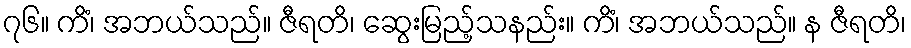
၇၆။ ကိံ၊ အဘယ်သည်။ ဇီရတိ၊ ဆွေးမြည့်သနည်း။ ကိံ၊ အဘယ်သည်။ န ဇီရတိ၊